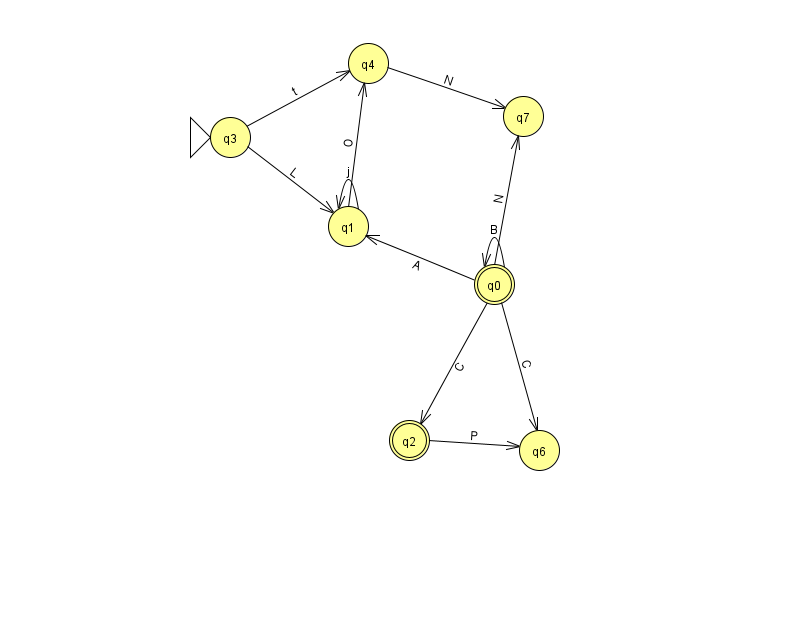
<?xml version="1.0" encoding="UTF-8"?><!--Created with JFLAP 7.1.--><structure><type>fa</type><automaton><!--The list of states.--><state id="0" name="q0"><x>494.0</x><y>271.0</y><final/></state><state id="1" name="q1"><x>348.0</x><y>213.0</y></state><state id="2" name="q2"><x>409.0</x><y>427.0</y><final/></state><state id="3" name="q3"><x>230.0</x><y>124.0</y><initial/></state><state id="4" name="q4"><x>368.0</x><y>50.0</y></state><state id="6" name="q6"><x>539.0</x><y>437.0</y></state><state id="7" name="q7"><x>523.0</x><y>103.0</y></state><!--The list of transitions.--><transition><from>0</from><to>0</to><read>B</read></transition><transition><from>4</from><to>7</to><read>N</read></transition><transition><from>3</from><to>4</to><read>t</read></transition><transition><from>0</from><to>2</to><read>C</read></transition><transition><from>0</from><to>1</to><read>A</read></transition><transition><from>1</from><to>1</to><read>j</read></transition><transition><from>0</from><to>6</to><read>C</read></transition><transition><from>0</from><to>7</to><read>N</read></transition><transition><from>3</from><to>1</to><read>L</read></transition><transition><from>2</from><to>6</to><read>P</read></transition><transition><from>1</from><to>4</to><read>O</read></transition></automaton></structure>